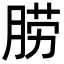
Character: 𦛨